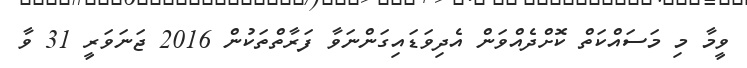
ވީމާ މި މަސައްކަތް ކޮށްދެއްވަން އެދިވަޑައިގަންނަވާ ފަރާތްތަކުން 2016 ޖަނަވަރީ 31 ވާ